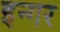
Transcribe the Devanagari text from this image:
इन्गर